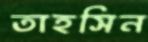
তাহসিন